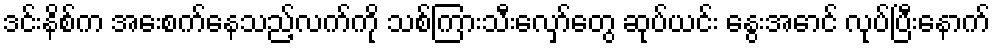
ဒင်းနိစ်က အေးစက်နေသည့်လက်ကို သစ်ကြားသီးလှော်တွေ ဆုပ်ယင်း နွေးအောင် လုပ်ပြီးနောက်